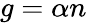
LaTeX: g=\alpha n